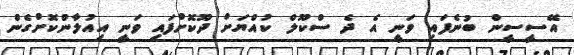
އޭސީސީން ބުނެފައި ވަނީ އެ ދެ ސްކޫލް ކުއްޔަށް ދޫކޮށްފައި ވަނީ އިއުލާންކޮށްގެން